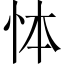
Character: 㤓